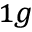
_ { 1 g }